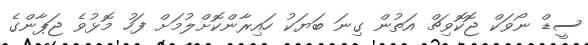
ސީޑް ނޯވަކް ޖޮކޮވިޗް އަތުން ގިނަ ބަޔަކު ހައިރާންކޮށްލުމަށް ފަހު މޮޅުވެ ޖަޕާންގެ